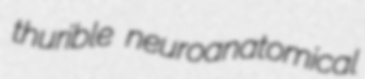
thurible neuroanatomical